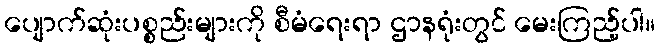
ပျောက်ဆုံးပစ္စည်းများကို စီမံရေးရာ ဌာနရုံးတွင် မေးကြည့်ပါ။